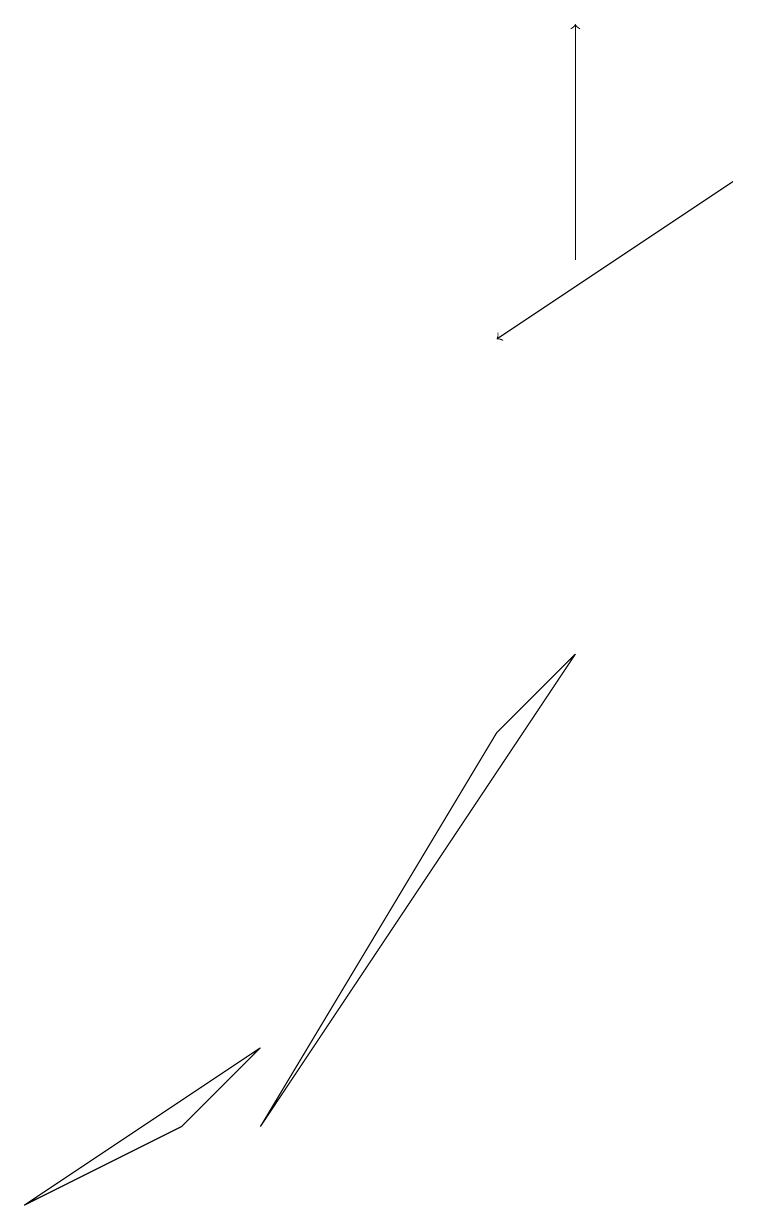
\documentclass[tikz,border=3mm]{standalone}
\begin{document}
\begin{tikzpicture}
\draw (2,3) -- (0,2) -- (3,4) -- cycle;
\draw[->] (7,14) -- (7,17);
\draw (7,9) -- (3,3) -- (6,8) -- cycle;
\draw[->] (9,15) -- (6,13);
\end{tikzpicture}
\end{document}